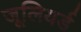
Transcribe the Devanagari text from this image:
जूलियर्ड